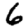
Digit: 6